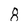
Character: 8